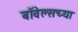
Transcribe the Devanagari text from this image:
बॉवेल्सच्या